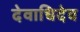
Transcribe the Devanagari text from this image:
देवाधिदेव